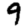
Digit: 9